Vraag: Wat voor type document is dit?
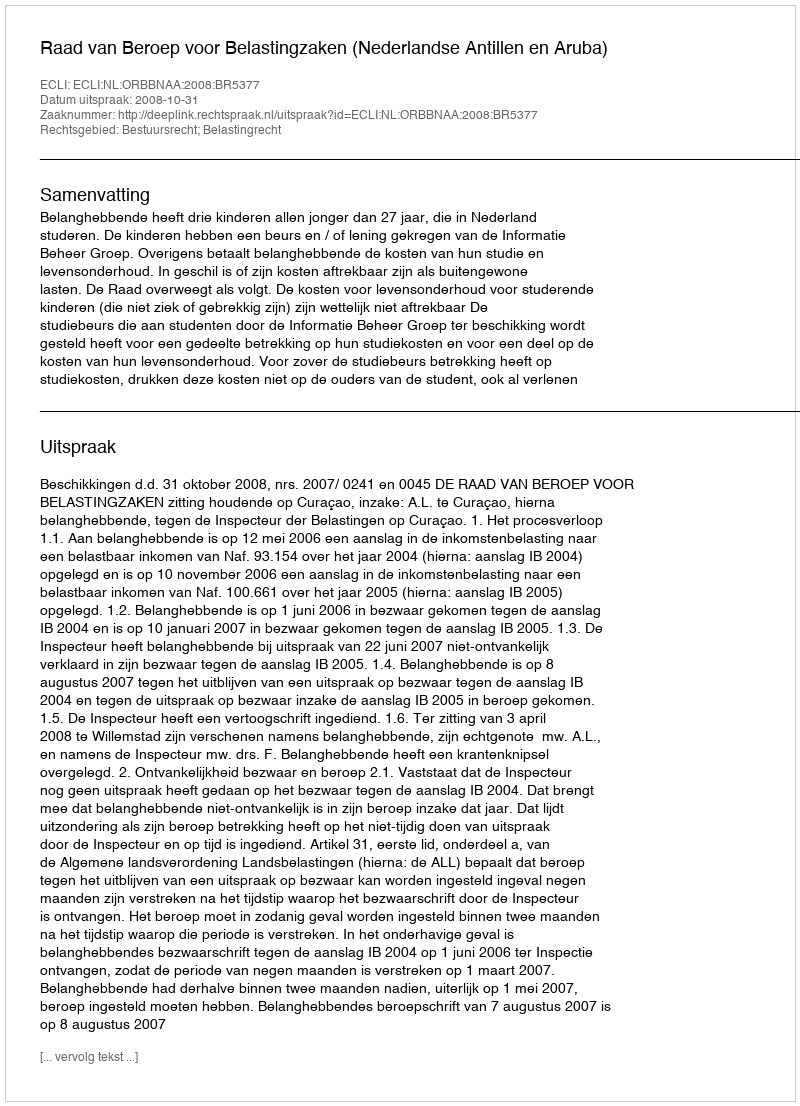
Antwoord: Uitspraak